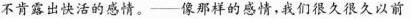
不肯露出快活的感情。--像那样的感情，我们很久很久以前